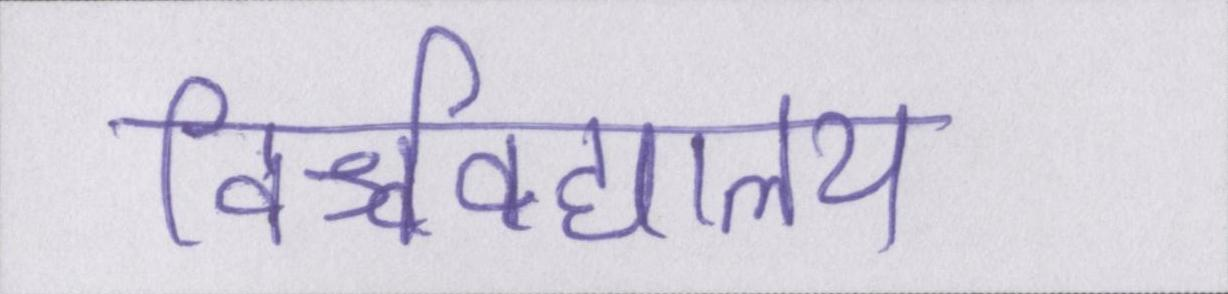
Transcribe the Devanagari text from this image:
विश्वविद्यालय